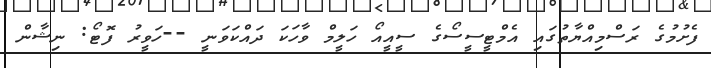
ފެށުމުގެ ރަސްމިއްޔާތުގައި އެމްޓީސީސޯގެ ސީއީއޯ ހަލީމް ވާހަކަ ދައްކަވަނީ --ހަވީރު ފޮޓޯ: ނިޝާން